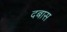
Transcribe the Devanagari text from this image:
दबास